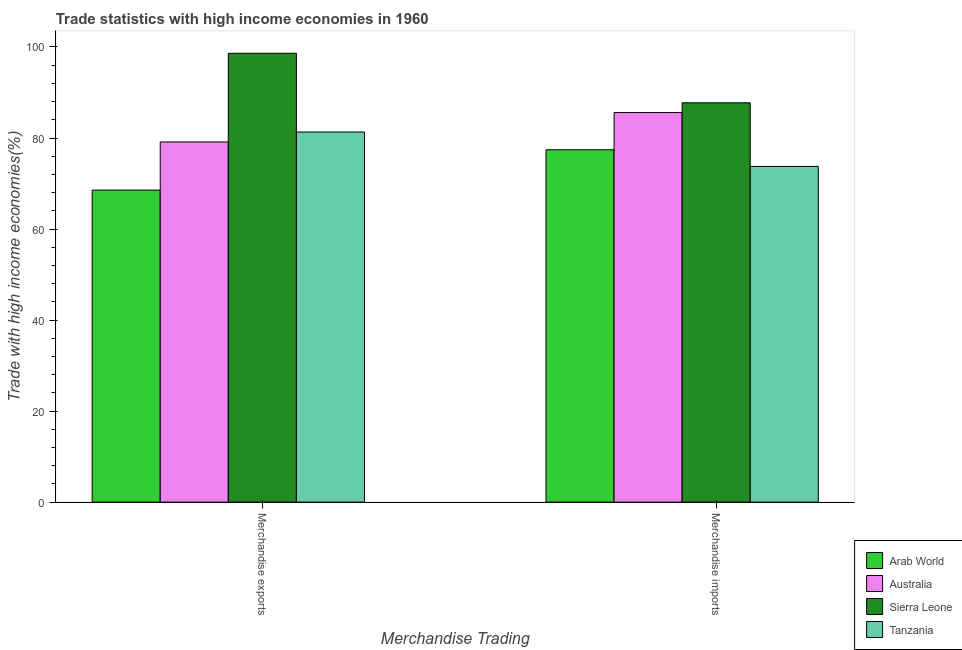
| Merchandise Trading | Arab World | Australia | Sierra Leone | Tanzania |
 | --- | --- | --- | --- | --- |
 | Merchandise exports | 68.6 | 79.1 | 98.6 | 81.3 |
 | Merchandise imports | 77.4 | 85.6 | 87.7 | 73.8 |